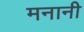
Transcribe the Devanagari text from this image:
मनानी